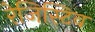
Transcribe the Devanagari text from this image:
रेजिस्टिव